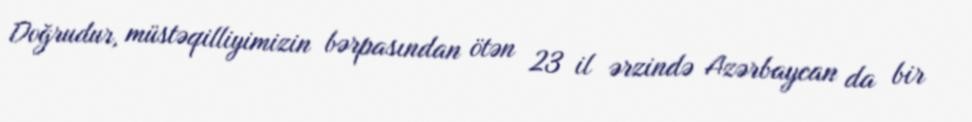
Doğrudur, müstəqilliyimizin bərpasından ötən 23 il ərzində Azərbaycan da bir